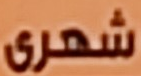
شهرى